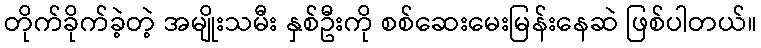
တိုက်ခိုက်ခဲ့တဲ့ အမျိုးသမီး နှစ်ဦးကို စစ်ဆေးမေးမြန်းနေဆဲ ဖြစ်ပါတယ်။